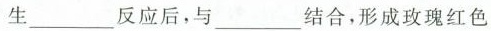
生___反应后，与___结合，形成玫瑰红色